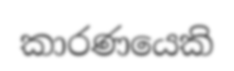
කාරණයෙකි